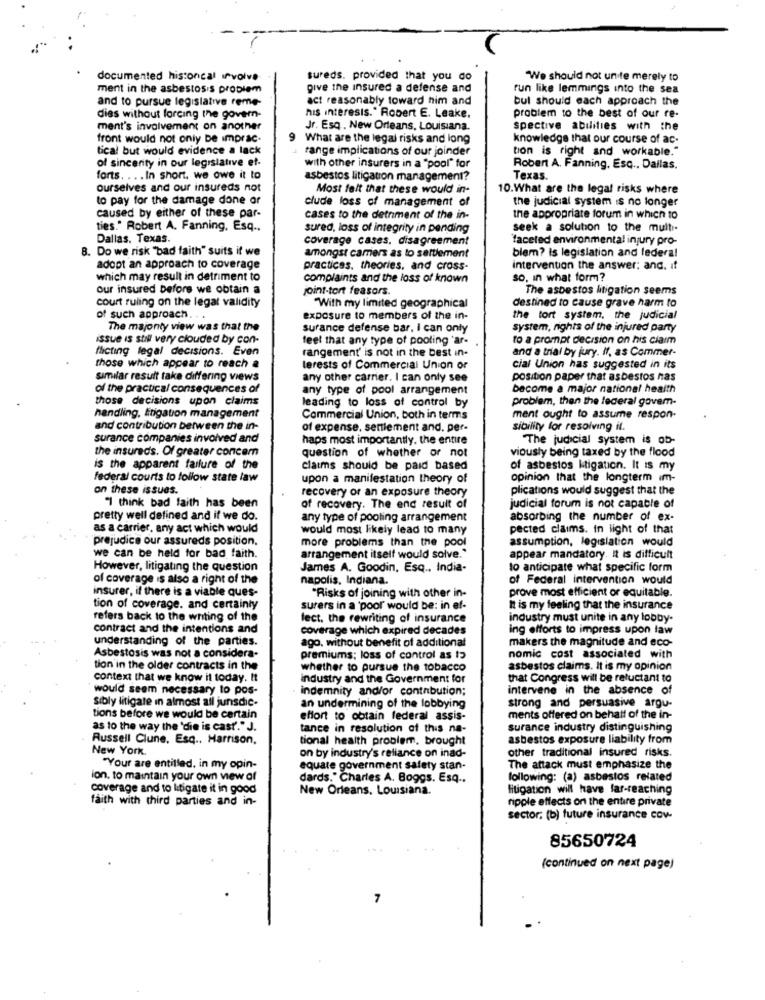
documented histoncal involve
sureds. provided that you do
We should not unite merely to
ment in the asbestos's problem
give the insured a defense and
run like lemmings into the sea
and to pursue legislative reme-
act reasonably toward him and
bul should each approach the
problem to the best of our re-
dies without forcing the govern-
his interests." Robert E. Leake.
ment's involvement on another
Jr. Esq. New Orleans, Louisiana.
spective abilities with the
front would not only be imprac.
What are the legal risks and long
knowledge that our course of ac.
tical but would evidence a lack
range implications of our joinder
tion is right and workable."
of sincerity in our legislative et-
with other insurers in a "pool" for
Robert A. Fanning, Esq .. Dallas.
forts. ... In short. we owe it to
asbestos litigation management?
Texas.
ourselves and our insureds not
Most felt that these would in-
10.What are the legal risks where
to pay for the damage done or
clude loss of management of
the judicial system is no longer
caused by either of these par-
cases to the detriment of the in-
the appropriate forum in which to
ties." Robert A. Fanning, Esq ..
sured, loss of integrity in pending
seek a solution to the multi.
Dallas. Texas.
coverage cases. disagreement
faceted environmental injury pro-
8. Do we risk "bad faith" suits it we
blem? is legislation and federal
amongst camers as to settlement
adopt an approach to coverage
practices. theories, and cross-
intervention the answer; and, if
which may result in detriment to
complaints and the loss of known
so, in what form?
our insured before we obtain a
joint-tort feasors.
The asbestos litigation seems
destined to cause grave harm to
court ruling on the legat validity
"With my limited geographical
of such approach. . .
exposure to members of the in-
the tort system, the judicial
The majonty view was that the
surance defense bar, i can only
system, rights of the injured party
issue is still very clouded by con-
feet that any type of pooling 'ar-
to a prompt decision on his claim
flicting legal decisions. Even
rangement' is not in the best in-
and a trial by jury. If, as Commer-
those which appear to reach a
terests of Commercial Union or
cial Union has suggested in its
similar result take differing views
any other carrier. I can only see
position paper that asbestos has
of the practical consequences of
any type of pool arrangement
become a major national health
those decisions upon claims
leading to loss of control by
problem, then the federal govem-
handling, litigation management
Commercial Union, both in terms
ment ought to assume respon-
and contribution between the in-
of expense, sertlement and, per-
sibility for resolving il.
surance companies involved and
haps most importantly. the entire
"The judicial system is ob-
the insureds. Of greater concem
viously being taxed by the flood
question of whether or not
is the apparent failure of the
claims should be paid based
of asbestos Mitigation. It is my
federal courts to follow state law
upon a manifestation theory of
opinion that the longterm im-
on these issues.
plications would suggest that the
recovery or an exposure theory
"I think bad faith has been
of recovery. The end result of
judicial forum is not capable of
pretty well defined and if we do.
any type of pooling arrangement
absorbing the number of ex-
as a carrier, any act which would
would most likely lead to many
pected claims. in light of that
prejudice our assureds position.
more problems than the pool
assumption, legislation would
we can be held for bad faith.
arrangement itself would solve."
appear mandatory. It is difficult
However, litigating the question
James A. Goodin, Esq .. India-
to anticipate what specific form
of coverage is also a right of the
napolis, Indiana.
of Federal intervention would
insurer, if there is a viable ques-
prove most efficient or equitable.
"Risks of joining with other in-
tion of coverage. and certainty
surers in a 'poor would be: in ef-
It is my feeling that the insurance
refers back to the writing of the
lect. the rewriting of insurance
industry must unite in any lobby-
contract and the intentions and
coverage which expired decades
ing efforts to impress upon law
understanding of the parties.
makers the magnitude and eco-
ago. without benefit of additional
Asbestosis was not a considera-
premiums; loss of control as t?
nomic cost associated with
tion in the older contracts in the
whether to pursue the tobacco
asbestos claims. It is my opinion
context that we know it today. It
industry and the Government for
that Congress will be reluctant to
would seem necessary to pos-
indemnity and/or contribution;
intervene in the absence of
Sibly litigate in almost all jurisdic-
an undermining of the lobbying
strong and persuasive argu-
tions before we would be certain
effort to obtain federal assis-
ments offered on behalf of the in-
as to the way the 'die is cast." J.
tance in resolution of this na-
surance industry distinguishing
Russell Clune, Esq .. Harrison,
tional health problem, brought
asbestos exposure liability from
New York.
other traditional insured risks.
on by industry's reliance on inad-
"Your are entitled, in my opin-
equate government safety stan-
The attack must emphasize the
ion. to maintain your own view of
dards." Charles A. Boggs. Esq ..
following: (a) asbestos related
coverage and to litigate it in good
New Orleans, Louisiana.
litigation will have far-reaching
faith with third parties and in-
ripple effects on the entire private
sector; (b) future insurance cov-
85650724
(continued on next page)
7